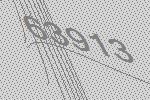
63913